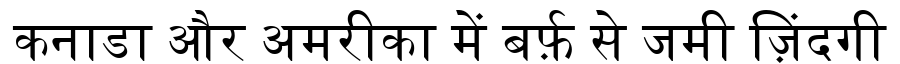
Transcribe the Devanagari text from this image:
कनाडा और अमरीका में बर्फ़ से जमी ज़िंदगी